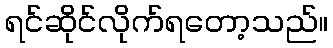
ရင်ဆိုင်လိုက်ရတော့သည်။